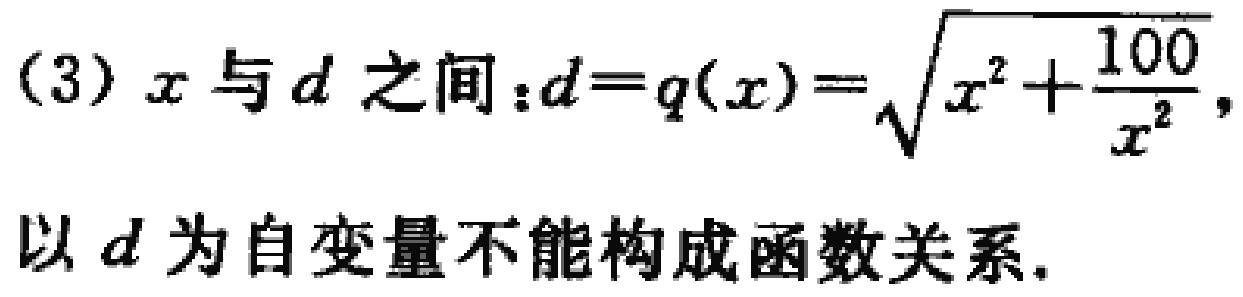
(3) \(x\) 与 \(d\) 之间：\(d = q(x)=\sqrt{x^{2}+\frac{100}{x^{2}}}\)，

以 \(d\) 为自变量不能构成函数关系.